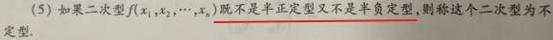
(5) 如果二次型$f(x_1,x_2,\cdots,x_n)$既不是半正定型又不是半负定型，则称这个二次型为不